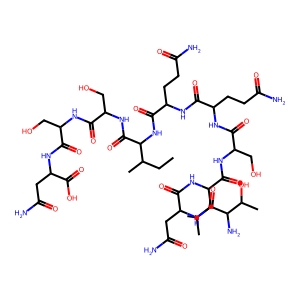
SMILES: CCC(C)C(NC(=O)C(CCC(N)=O)NC(=O)C(CCC(N)=O)NC(=O)C(CO)NC(=O)C(CC(C)C)NC(=O)C(CC(N)=O)NC(=O)C(N)C(C)O)C(=O)NC(CO)C(=O)NC(CO)C(=O)NC(CC(N)=O)C(=O)O
Inhibits HIV replication: No